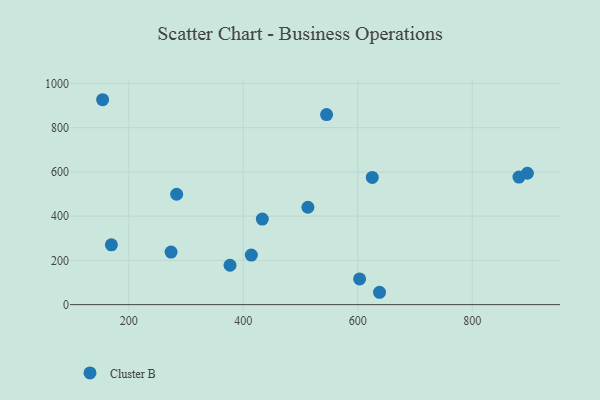
{"axis": {"x": "Investment", "y": "Profit"}, "legend": ["Cluster B"], "data": [{"x": "169.7", "y": 270.5, "type": "Cluster B"}, {"x": "414.1", "y": 224.0, "type": "Cluster B"}, {"x": "625.3", "y": 575.2, "type": "Cluster B"}, {"x": "896.2", "y": 594.0, "type": "Cluster B"}, {"x": "376.9", "y": 178.2, "type": "Cluster B"}, {"x": "154.4", "y": 926.5, "type": "Cluster B"}, {"x": "881.5", "y": 576.9, "type": "Cluster B"}, {"x": "603.2", "y": 116.3, "type": "Cluster B"}, {"x": "512.9", "y": 440.4, "type": "Cluster B"}, {"x": "273.9", "y": 237.8, "type": "Cluster B"}, {"x": "545.5", "y": 859.2, "type": "Cluster B"}, {"x": "433.3", "y": 387.0, "type": "Cluster B"}, {"x": "638.0", "y": 55.9, "type": "Cluster B"}, {"x": "283.7", "y": 499.0, "type": "Cluster B"}]}